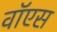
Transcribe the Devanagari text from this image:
वॉएस